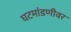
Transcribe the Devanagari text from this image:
घटमांडणीवर